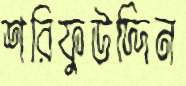
শরিফুউদ্দিন